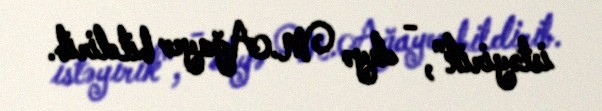
istəyirik", - deyə M.Ağayev bildirib.